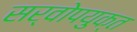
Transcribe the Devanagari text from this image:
सर्वोपयुक्त